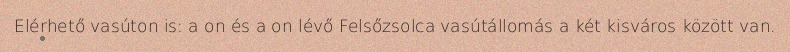
Elérhető vasúton is: a on és a on lévő Felsőzsolca vasútállomás a két kisváros között van.